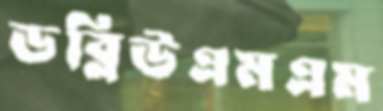
ডব্লিউএমএম